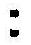
: